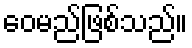
ဝေမည်ဖြစ်သည်။